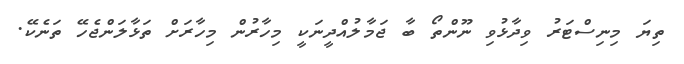
ތިޔަ މިނިސްޓަރު ވިދާޅުވި ނޫންތޯ ބާ ޖަމާލުއްދީނަކީ މިހާރުން މިހާރަށް ތަޅާލަންޖެހޭ ތަނެކޭ.